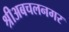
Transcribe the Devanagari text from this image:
श्रीअबचलनगर